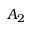
A _ { 2 }